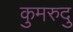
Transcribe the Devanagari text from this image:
कुमरुदु